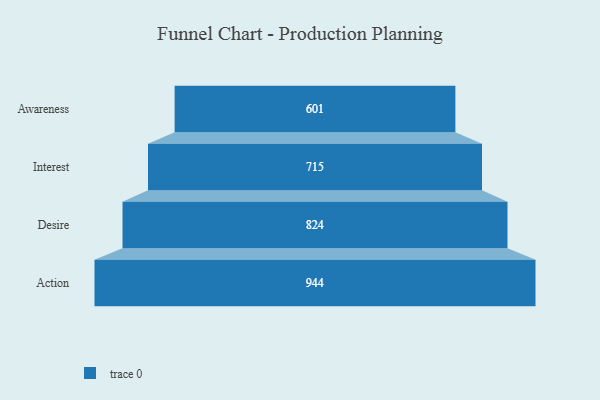
{"axis": {"x": "Stage", "y": "Value"}, "legend": [""], "data": [{"x": "Awareness", "y": 601.0, "type": ""}, {"x": "Interest", "y": 715.0, "type": ""}, {"x": "Desire", "y": 824.0, "type": ""}, {"x": "Action", "y": 944.0, "type": ""}]}